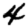
Digit: 4